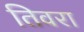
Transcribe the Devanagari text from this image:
तिवरा